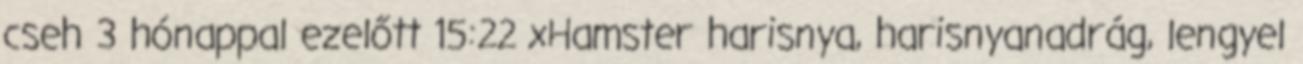
cseh 3 hónappal ezelőtt 15:22 xHamster harisnya, harisnyanadrág, lengyel